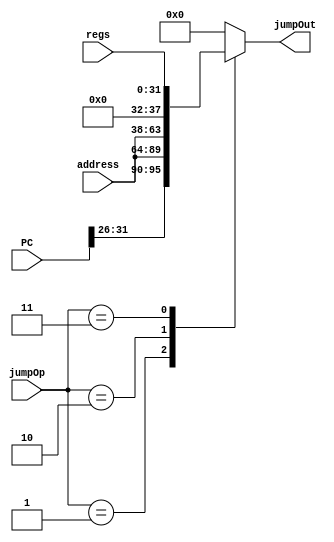
module mux_jump(PC, regs, address, jumpOut, jumpOp);
	
	input [1:0] jumpOp;
	input [25:0] address;
	input [31:0] PC, regs;
	output reg [31:0] jumpOut;


	always@(*)
	begin
		case(jumpOp)
			1: jumpOut = {PC[31:26],address};
			2: jumpOut = {address,6'b000000};
			3: jumpOut = regs;
			default: jumpOut = 0;
		endcase
	end
endmodule